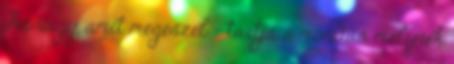
Az vagy, amit megeszel - tartja a mondás, melynek